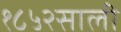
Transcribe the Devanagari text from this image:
१८५२साली